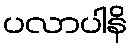
ပလာပါနိ